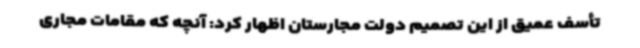
تأسف عمیق از این تصمیم دولت مجارستان اظهار کرد: آنچه که مقامات مجاری